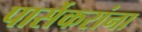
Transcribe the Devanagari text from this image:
पार्सेकरांना